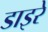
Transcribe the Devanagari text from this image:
डाइरे